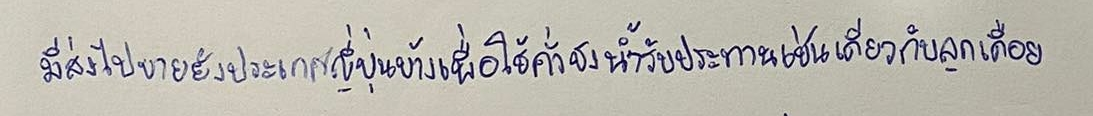
มีส่งไปขายยังประเทศญี่ปุ่นบ้างเพื่อใช้คั่วชงน้ำรับประทานเช่นเดียวกับลูกเดือย